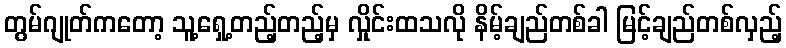
တွမ်ဂျုတ်ကတော့ သူ့ရှေ့တည့်တည့်မှ လှိုင်းထသလို နိမ့်ချည်တစ်ခါ မြင့်ချည်တစ်လှည့်